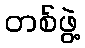
တစ်ဖွဲ့